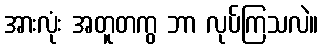
အားလုံး အတူတကွ ဘာ လုပ်ကြသလဲ။